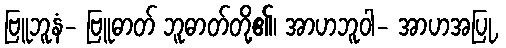
ဗြူဘူနံ- ဗြူဓာတ် ဘူဓာတ်တို့၏၊ အာဟဘူဝါ- အာဟအပြု,